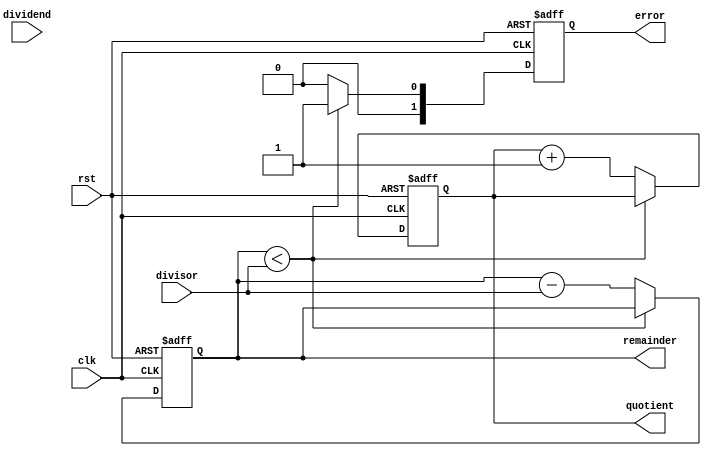
module restoring_divider(
    input wire clk,
    input wire rst,
    input wire [7:0] divisor,
    input wire [7:0] dividend,
    output reg [7:0] quotient,
    output reg [7:0] remainder,
    output reg [1:0] error
);

reg [7:0] dividend_reg;
reg [7:0] quotient_reg;
reg [7:0] remainder_reg;
reg [1:0] error_reg;

always @(posedge clk or posedge rst) begin
    if (rst) begin
        dividend_reg <= 8'b0;
        quotient_reg <= 8'b0;
        remainder_reg <= 8'b0;
        error_reg <= 2'b0;
    end else begin
        if (remainder_reg < divisor) begin
            error_reg <= 2'b1;
        end else begin
            error_reg <= 2'b0;
            quotient_reg <= quotient_reg + 1;
            remainder_reg <= remainder_reg - divisor;
        end
    end
end

assign quotient = quotient_reg;
assign remainder = remainder_reg;
assign error = error_reg;

endmodule